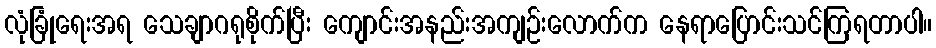
လုံခြုံရေးအရ သေချာဂရုစိုက်ပြီး ကျောင်းအနည်းအကျဉ်းလောက်က နေရာပြောင်းသင်ကြရတာပါ။